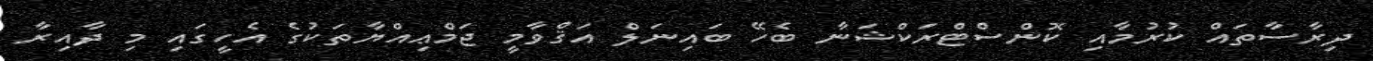
ދިރާސާތައް ކުރުމާއި ކޮންސްޓްރަކްޝަނާ ބެހޭ ބައިނަލް އަޤްވާމީ ޖަމްޢިއްޔާތަކުގެ އެހީގައި މި ދާއިރާ